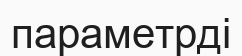
параметрді